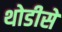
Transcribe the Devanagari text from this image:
थोडीसे